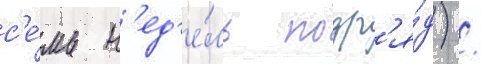
с'е́мь н'ед'е́ль подр'я́д) /